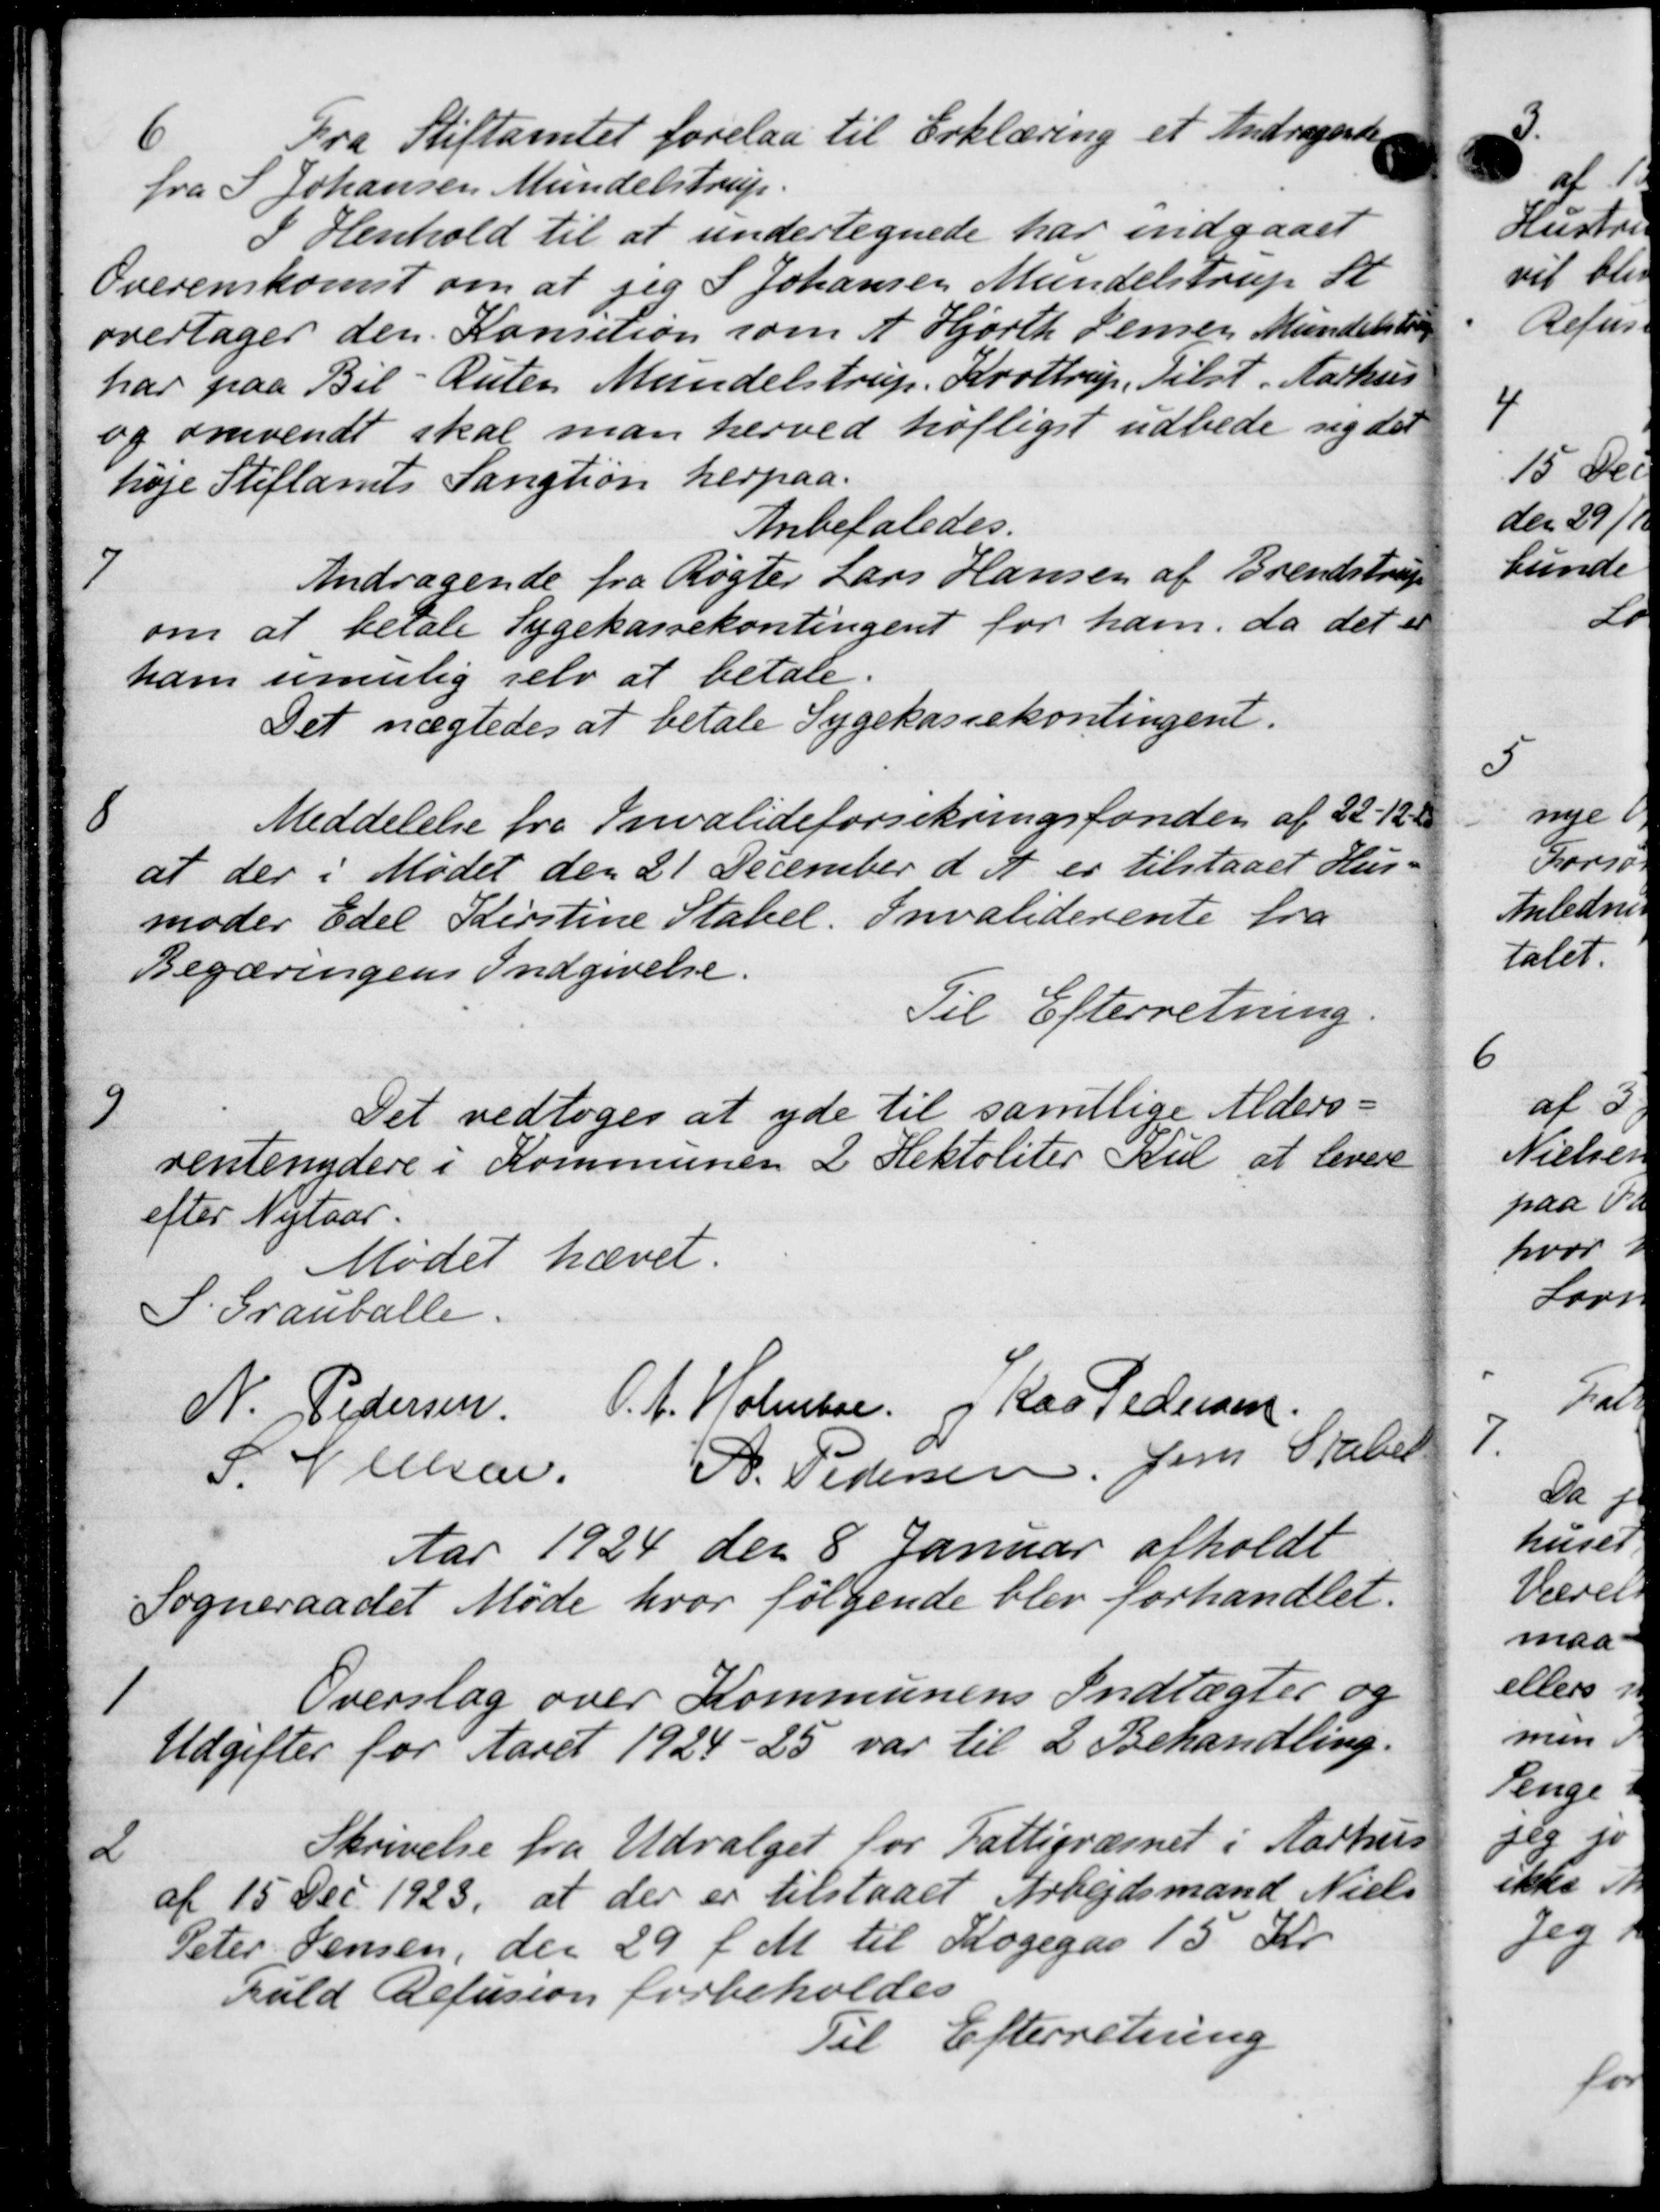
Transskription:
Fra Stiftamtet forelaa til Erklæring et Andragende
fra S Johansen Mundelstrup.
I Henhold til at undertegnede har indgaaet
Overenskomst om at jeg S Johansen Mundelstrup St
overtager den Konsition som A. Hjorth Jensen Mundelstrup
har paa Bil Ruten Mundelstrup. Krøttrup, Tilst. Aarhus
og omvendt skal man herved høfligst udbede sig det
høje Stiftamts Sangtion herpaa.
Anbefaledes.
7
Andragende fra Røgter Lars Hansen af Brendstrup
om at betale Sygekassekontingent for ham, da det er
ham umulig selv at betale.
Det nægtedes at betale Sygekassekontingent.

Meddelelse fra Invalideforsikringsfonden af 22-128
at der i Mødet den 21 December d. A. er tilstaaet Hus-
moder Edel Kirstine Stabel. Invaliderente fra
Begæringens Indgivelse.
Til Efterretning.
9
Det vedtoges at yde til samtlige Alders-
rentenydere i Kommunen 2 Hektoliter Bul at levere
efter Nytaar.
Mødet hævet.
S. Grauballe
N. Pedersen. O. A. Holmboe og Kas Pedersen.
J. Nielsen P. Pedersen Jens Skabet
Aar 1924 den 8 Januar afholdt
Sogneraadet Møde hvor følgende blev forhandlet.
1
Overslag over Kommunens Indtægter og
Udgifter for Aaret 1924-25 var til 2 Behandling.
2
Skrivelse fra Udvalget for Fattigvæsnet i Aarhus
af 15 Dec. 1923, at der er tilstaaet Arbejdsmand Niels
Peter Jensen, den 29 f. M. til Kogegas 15 Kr.
fuld Refusion forbeholdes
Til Efterretning